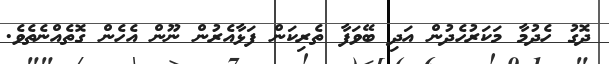
ދޮގު ހެދުމާ މަކަރުހެދުން އަދި ބޭވަފާ ތެރިކަން ފަޅާއެރުން ނޫން އެހެން ގޮތެއްނެތެވެ.